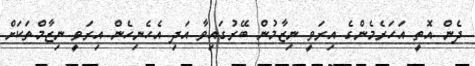
ދެން އޮތީ އަހަރެމެންގެ އިރަވީ ނިޒާމުން ބޭރުގައިވާ އަދި އެހެނިހެން އިރަވީ ނިޒާމްތަކަށް